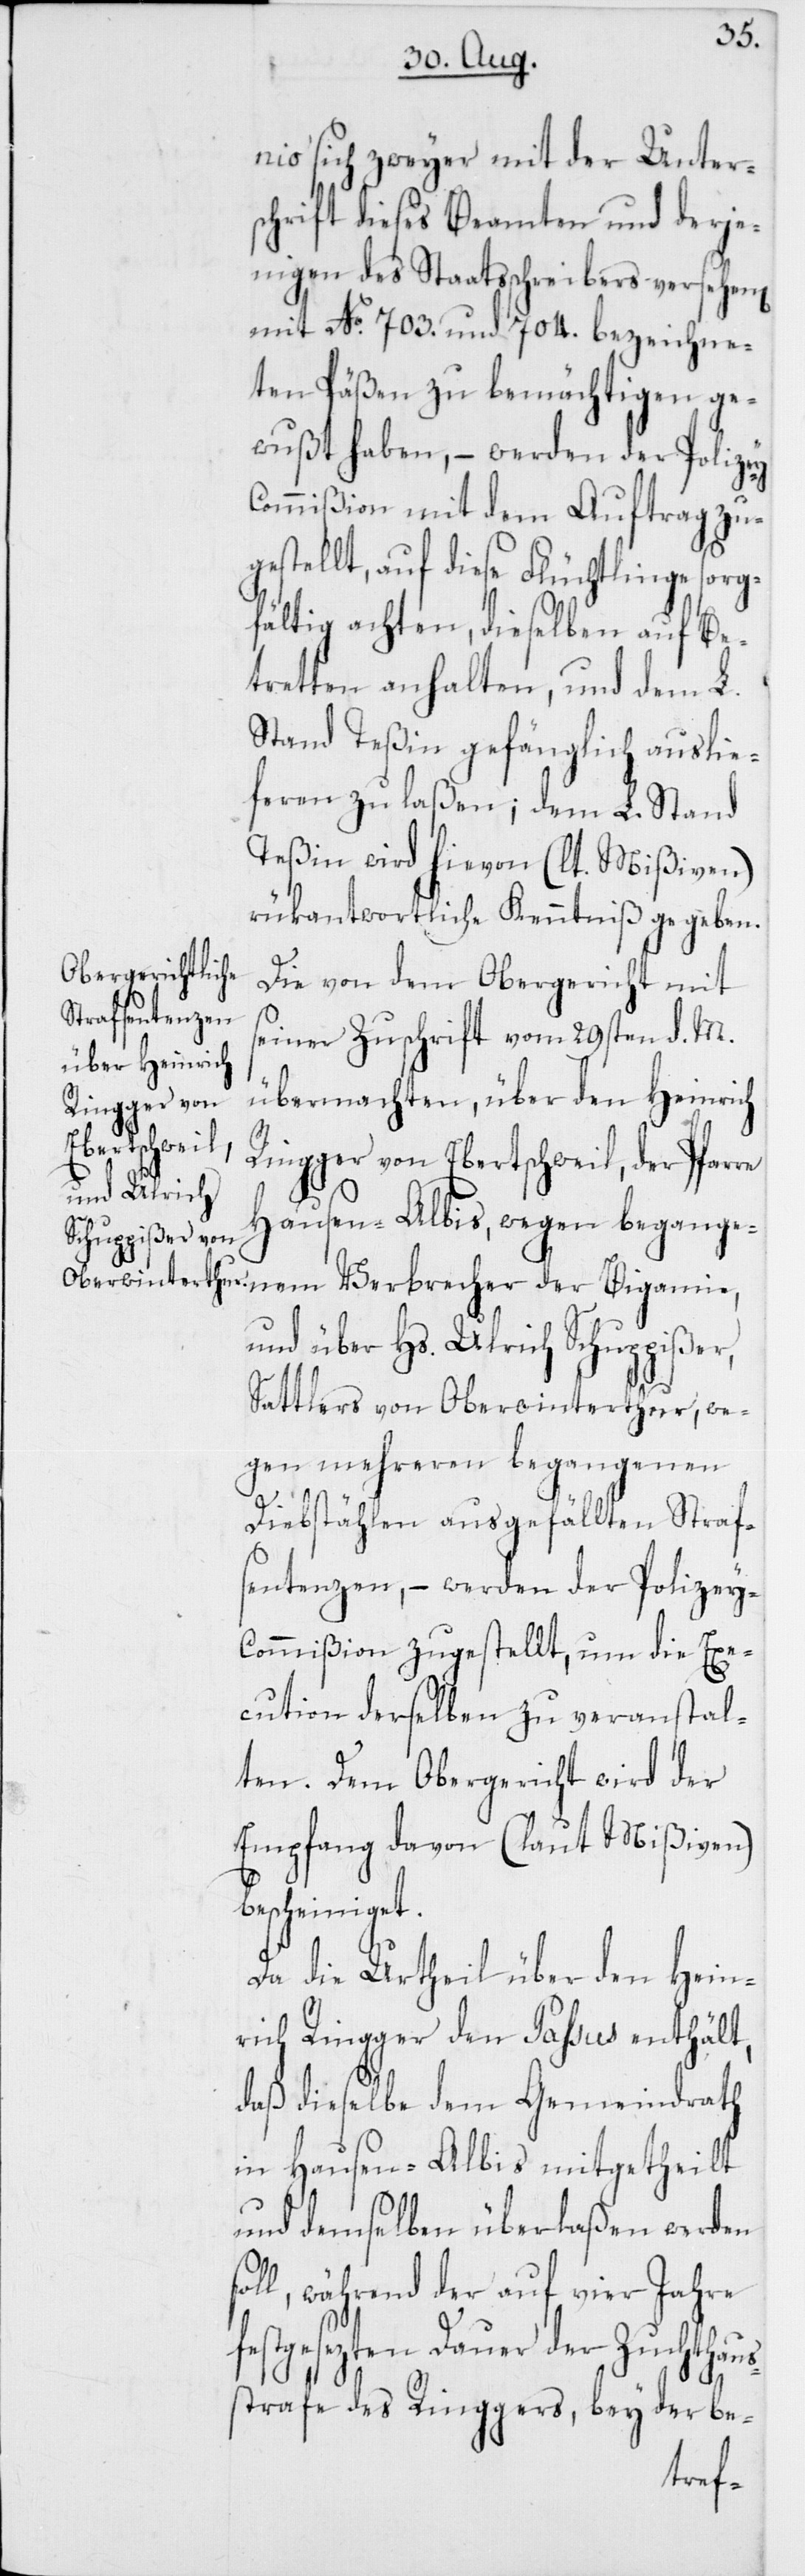
nio sich zweyer mit der Unter¬
schrift dieses Beamten und derje¬
nigen des Staatsschreibers versehe¬
mit № 703. und 704. bezeichne¬
ten Päßen zu bemächtigen ge¬
wußt haben, – werden der Polize¬
ommißion mit dem Auftrag zu¬
gestellt, auf diese Flüchtlinge sorg¬
fältig achten, dieselben auf Be¬
tretten anhalten, und dem L.
Stand Teßin gefänglich auslie¬
feren zu laßen; dem L. Stand
Teßin wird hievon (laut Mißiven)
rückantwortliche Kenntniß gegeben.
Die von dem Obergericht mit
seiner Zuschrift vom 29sten d. M.
übermachten, über den Heinrich
Ringger von Ebertswil, der Pfarre
Hausen-Albis, wegen begangen¬
und über Hs. Ulrich Schuppißer,
Sattlers von Oberwinterthur, we¬
gen mehreren begangenen
s¬
Diebstählen ausgefällten Straf¬
sentenzen, – werden der Polizey¬
commißion zugestellt, um die Exe¬
cution derselben zu veranstal¬
ten. Dem Obergericht wird der
Empfang davon (laut Mißiven)
bescheiniget.
Da die Urtheil über den Hein¬
rich Ringger den Passus enthält,
daß dieselbe dem Gemeindrath
in Hausen-Albis mitgetheilt
und demselben überlaßen werden
oll, während der auf vier Jahre
festgesezten Dauer der Zuchthaus¬
strafe des Ringgers, bey der be-
n[en]